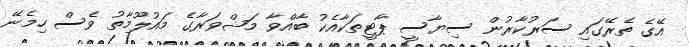
އޭގެ ތެރޭގައި ސަރުކާރުން ސިޔާސީ ޕާޓީތަކާއެކު ބާއްވާ މަޝްވަރާގެ މައުލޫމާތު ވެސް ހިމެނޭ